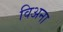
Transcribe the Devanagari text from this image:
विअना